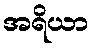
အရိယာ